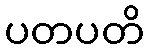
ပတပတိ